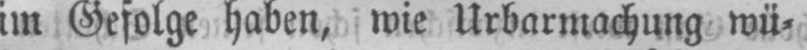
im Gefolge haben, wie Urbarmachung wü⸗